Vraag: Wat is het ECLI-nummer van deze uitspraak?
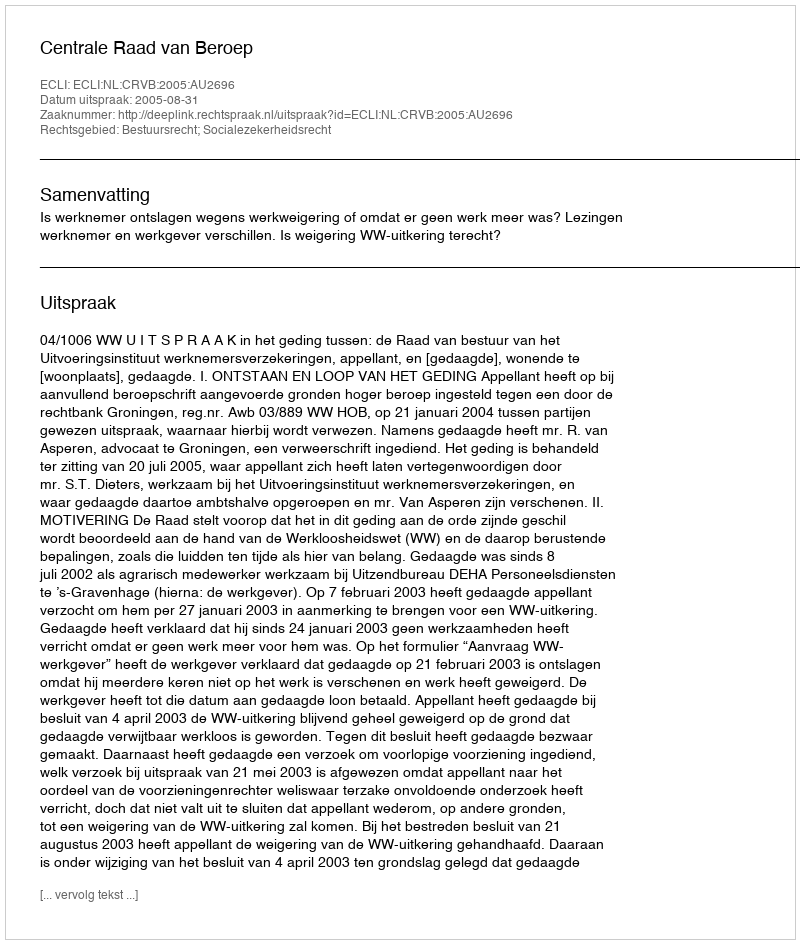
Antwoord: ECLI:NL:CRVB:2005:AU2696